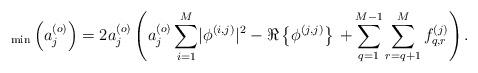
LaTeX: \begin{align*} _{\rm min}\left(a_j^{\left(o\right)}\right)=2 a_j^{\left(o\right)}\left(a_j^{\left(o\right)}\sum_{i=1}^{M} \lvert\phi^{\left(i,j\right)}\rvert^2-\Re\left\{\phi^{\left(j,j\right)}\right\}\right.\left.+\sum_{q=1}^{M-1}\sum_{r=q+1}^{M}f_{q,r}^{\left(j\right)}\right).\end{align*}